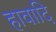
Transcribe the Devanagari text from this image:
हावादि